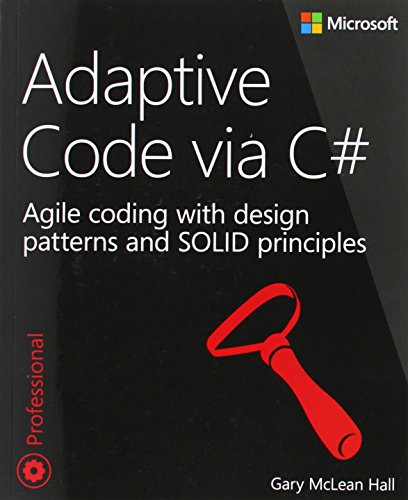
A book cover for Adaptive Code via C#: Agile coding with design patterns and SOLID principles (Developer Reference); Gary McLean Hall; Computers & Technology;